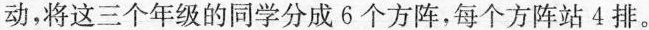
动，将这三个年级的同学分成6个方阵，每个方阵站4排。